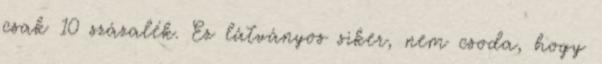
csak 10 százalék. Ez látványos siker, nem csoda, hogy